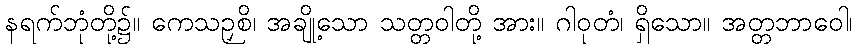
နရက်ဘုံတို့၌။ ကေသဉှစိ၊ အချို့သော သတ္တဝါတို့ အား။ ဂါဝုတံ၊ ရှိသော။ အတ္တဘာဝေါ၊